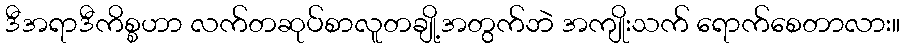
ဒီအရာဒီကိစ္စဟာ လက်တဆုပ်စာလူတချို့အတွက်ဘဲ အကျိုးသက် ရောက်စေတာလား။